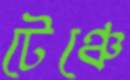
টেঞ্চে